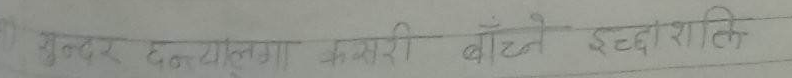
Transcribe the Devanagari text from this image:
सुन्दर हँगात्मा कसरी बाँच्ने इच्छाशक्ति